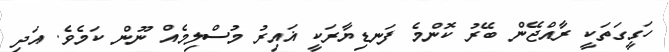
ހަގީގަތަކީ ރާއްޖޭން ބޭރު ކޮންމެ ފަނޑިޔާރަކީ ޣައިރު މުސްލިމެއް ނޫން ކަމެވެ. އަދި